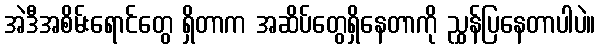
အဲဒီအစိမ်းရောင်တွေ ရှိတာက အဆိပ်တွေရှိနေတာကို ညွှန်ပြနေတာပါပဲ။